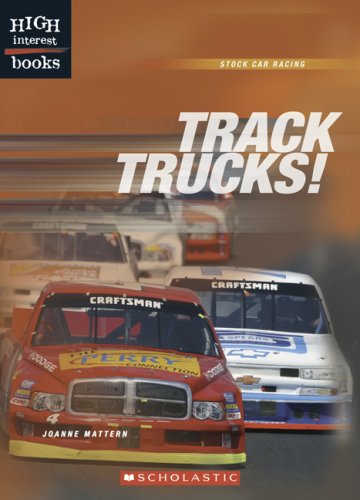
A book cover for Track Trucks! (High Interest Books: Stock Car Racing); Joanne Mattern; Teen & Young Adult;